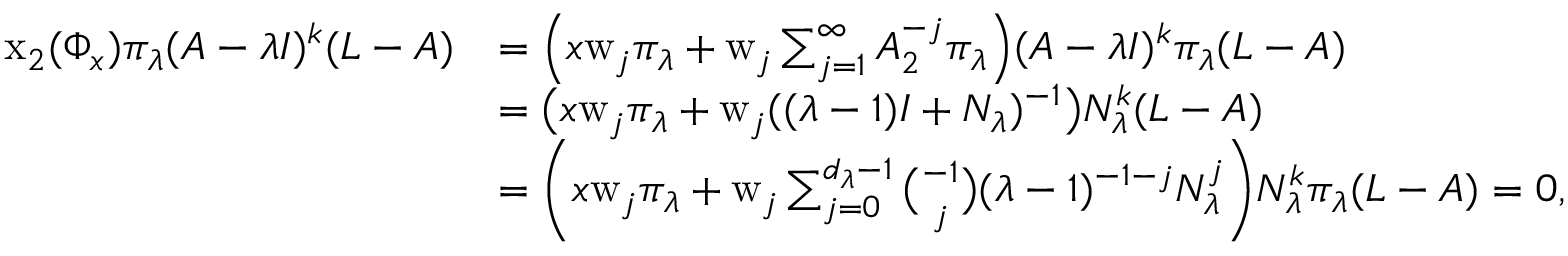
\begin{array} { r l } { \mathrm { x } _ { 2 } ( \Phi _ { x } ) \pi _ { \lambda } ( A - \lambda I ) ^ { k } ( L - A ) } & { = \Big ( x \mathrm { w } _ { j } \pi _ { \lambda } + \mathrm { w } _ { j } \sum _ { j = 1 } ^ { \infty } A _ { 2 } ^ { - j } \pi _ { \lambda } \Big ) ( A - \lambda I ) ^ { k } \pi _ { \lambda } ( L - A ) } \\ & { = \big ( x \mathrm { w } _ { j } \pi _ { \lambda } + \mathrm { w } _ { j } ( ( \lambda - 1 ) I + N _ { \lambda } ) ^ { - 1 } \big ) N _ { \lambda } ^ { k } ( L - A ) } \\ & { = \bigg ( x \mathrm { w } _ { j } \pi _ { \lambda } + \mathrm { w } _ { j } \sum _ { j = 0 } ^ { d _ { \lambda } - 1 } { \binom { - 1 } { j } } ( \lambda - 1 ) ^ { - 1 - j } N _ { \lambda } ^ { j } \bigg ) N _ { \lambda } ^ { k } \pi _ { \lambda } ( L - A ) = 0 , } \end{array}